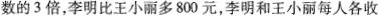
数的3倍，李明比王小丽多800元，李明和王小丽每人各收